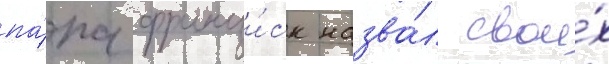
па́па франци́ск назва́л свои́х